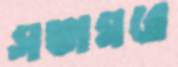
সভাঘরে